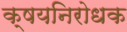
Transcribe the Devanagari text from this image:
क्षयनिरोधक